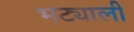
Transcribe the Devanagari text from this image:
भट्याली